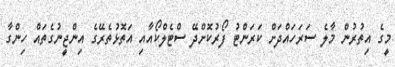
މީގެ އިތުރުން މާލެ ސަރަހައްދަށް ކަރަންޓު ފޯރުކޮށްދޭ ސްޓެލްކޯއާއި އަތޮޅުތެރޭގެ އިންޖީނުގެތައް ހިންގާ